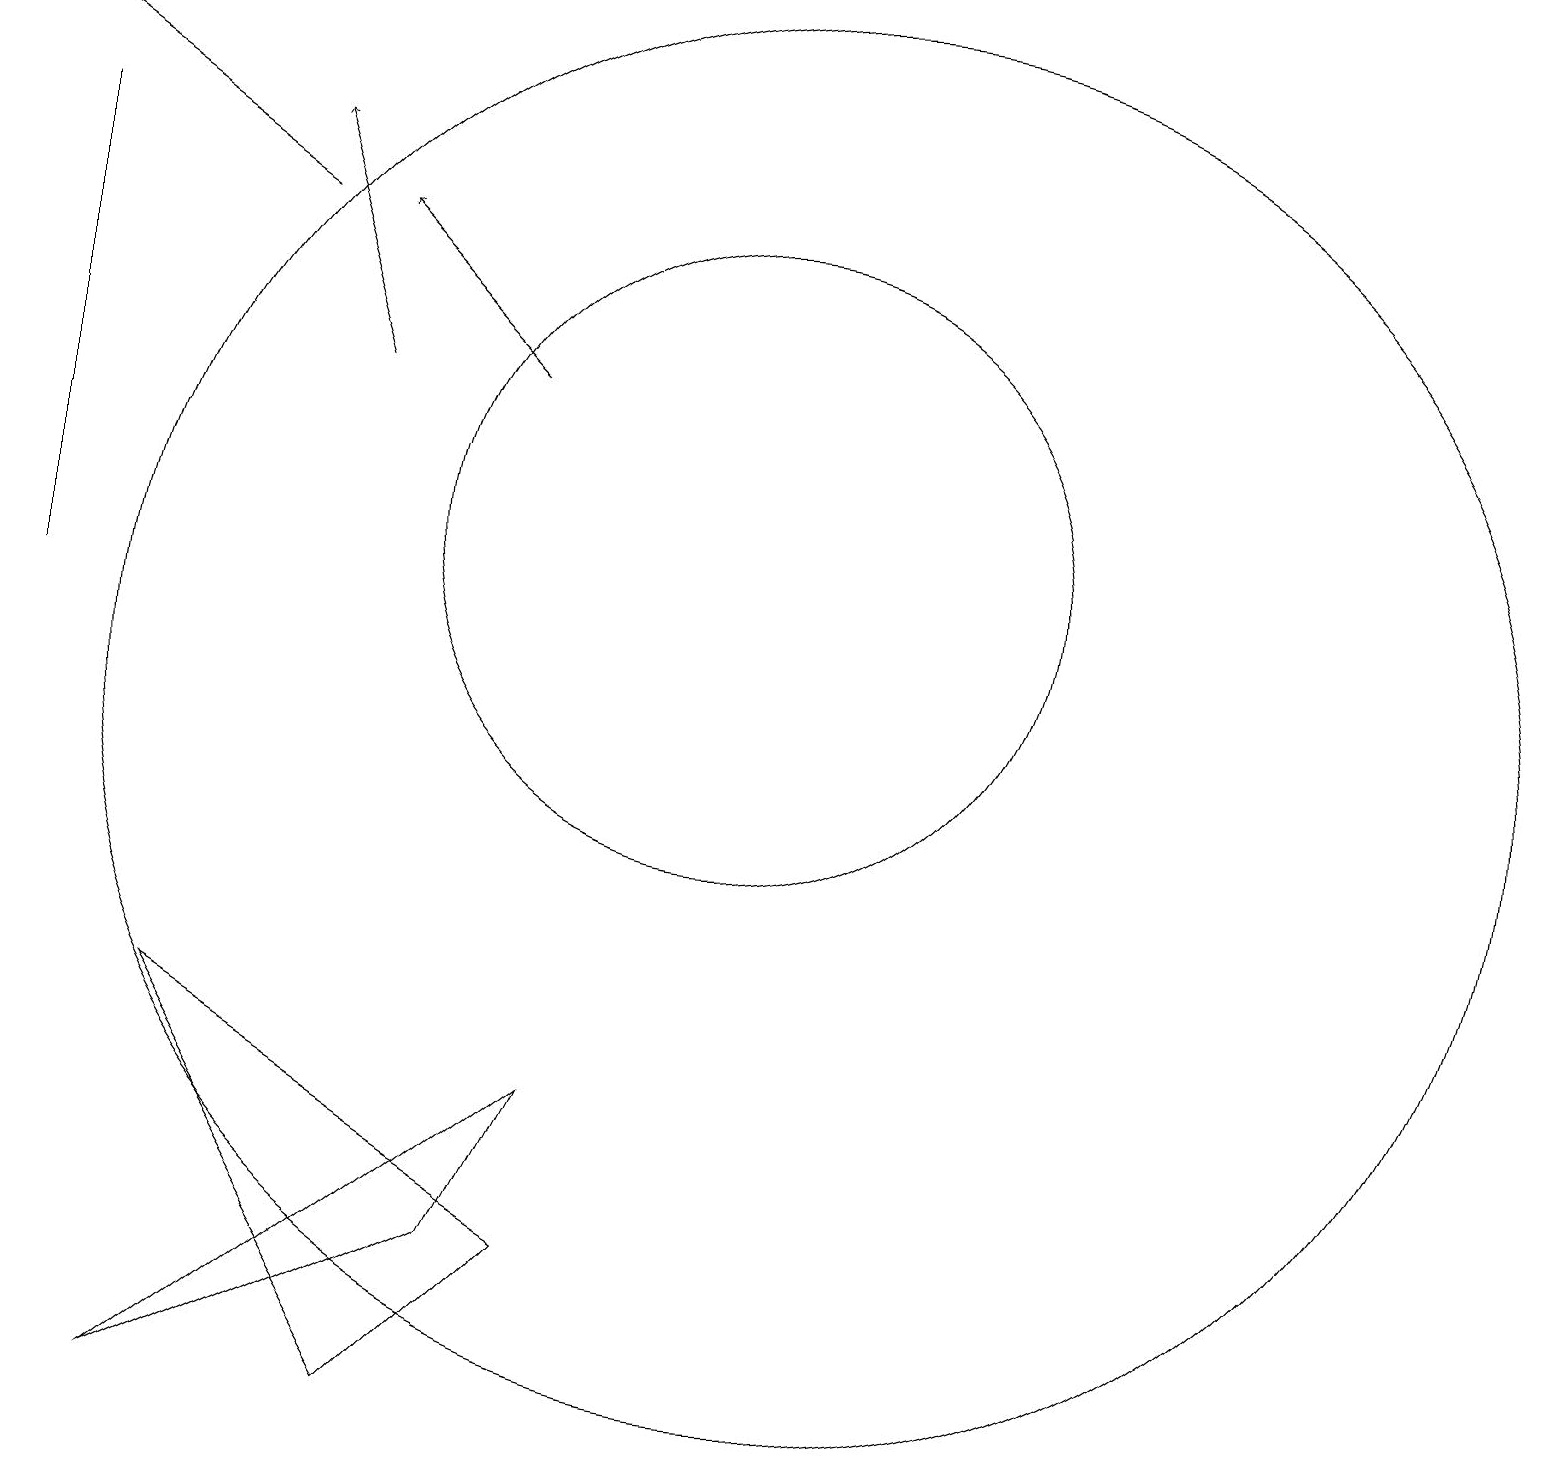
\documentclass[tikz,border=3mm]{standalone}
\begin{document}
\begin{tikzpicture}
\draw (2,11) rectangle (2,17);
\draw[->] (5,16) -- (2,18);
\draw (4,6) -- (7,1) -- (9,3) -- cycle;
\draw (12,10) circle (9);
\draw[->] (6,14) -- (5,17);
\draw (8,3) -- (4,1) -- (9,5) -- cycle;
\draw (11,12) circle (4);
\draw[->] (8,14) -- (6,16);
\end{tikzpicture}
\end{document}